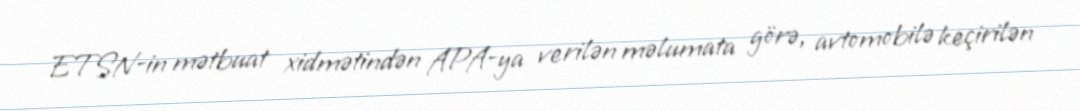
ETSN-in mətbuat xidmətindən APA-ya verilən məlumata görə, avtomobilə keçirilən